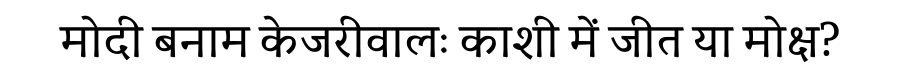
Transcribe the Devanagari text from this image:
मोदी बनाम केजरीवालः काशी में जीत या मोक्ष?